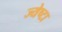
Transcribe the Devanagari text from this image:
ज्येष्टा